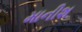
માનીશ